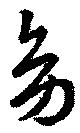
旁